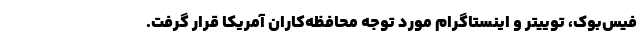
فیس‌بوک، توییتر و اینستاگرام مورد توجه محافظه‌کاران آمریکا قرار گرفت.